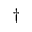
^ \dag